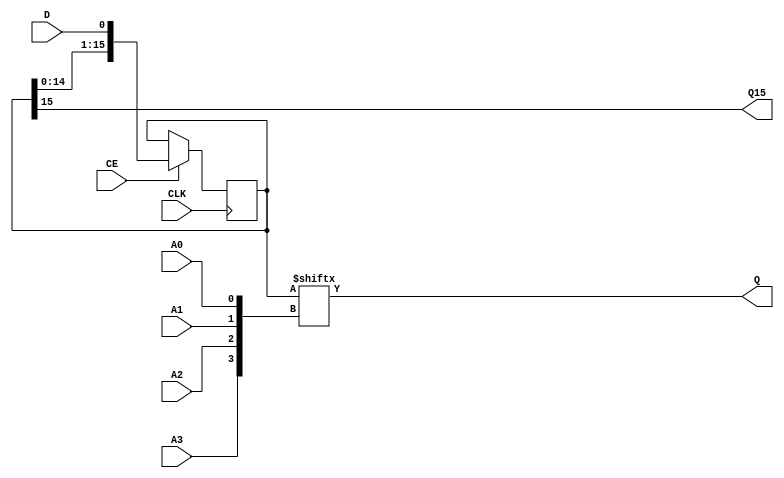
module SRLC16E_2 (A0,A1,A2,A3,CLK,CE,D,Q15,Q);
input A0,A1,A2,A3,CLK,CE,D;
output Q15,Q;
reg [15:0] mem;
wire #1 dly_CE = CE;
wire #1 dly_D = D;
wire [3:0] addr = {A3,A2,A1,A0};
wire [3:0] #1 dly_addr = addr;
assign Q15 = mem[15];
always @(posedge CLK)
begin
  if (dly_CE) mem = {mem,dly_D};
end
reg [3:0] rdaddr;
reg Q;
always @*
begin
  rdaddr = dly_addr;
  #1;
  Q = mem[rdaddr];
end
endmodule